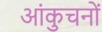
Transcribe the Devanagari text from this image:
आंकुचनों